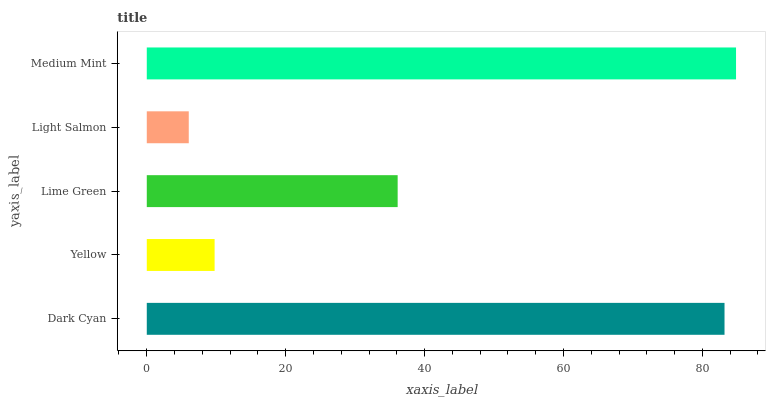
| yaxis_label | bars |
 | --- | --- |
 | Dark Cyan | 83.2 |
 | Yellow | 9.77 |
 | Lime Green | 36.1 |
 | Light Salmon | 6.05 |
 | Medium Mint | 84.8 |